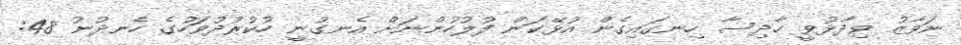
ނަވާޒު ވިދާޅުވީ ހާދިސާ ހިނގައިގެން އުޅޭކަން ފުލުހުންނަށް އެނގުނީ ހުކުރުދުވަހުގެ ހެނދުނު 48: